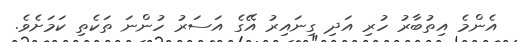
އެންމެ އިތުބާރު ހުރި އަދި ގިނައިރު އޭގެ އަސަރު ހުންނަ ތަކެތި ކަމަށެވެ.